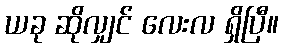
ယခု ဆိုလျှင် လေးလ ရှိပြီ။